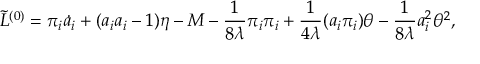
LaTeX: \tilde { L } ^ { ( 0 ) } = \pi _ { i } \dot { a } _ { i } + ( a _ { i } a _ { i } - 1 ) { \eta } - M - \frac { 1 } { 8 \lambda } \pi _ { i } \pi _ { i } + \frac { 1 } { 4 \lambda } ( a _ { i } \pi _ { i } ) \theta - \frac { 1 } { 8 \lambda } a _ { i } ^ { 2 } \theta ^ { 2 } ,